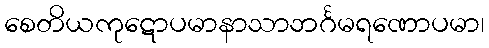
စေတိယကုဋောပမာနာသာဘင်္ဂမရဏောပမာ၊